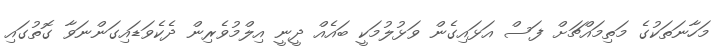
މަހާނަތަކުގެ މަތިމައްޗަށް ފަސް އަޅައިގެން ވަޅުލުމަކީ ބައެއް ދީނީ އިލްމުވެރިން ދެކެވަޑައިގަންނަވާ ގޮތުގައި